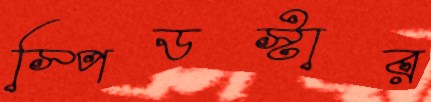
স্পিডস্টার